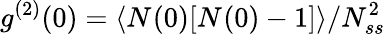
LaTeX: g^{(2)}(0)=\langle N_{}(0)[N_{}(0)-1]\rangle/N_{ss}^{2}